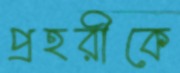
প্রহরীকে